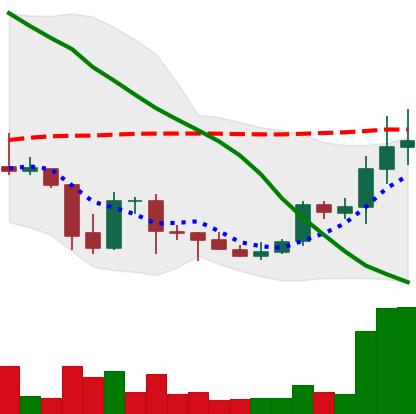
Ticker: DOGE-USD
Chart end date: 2021-10-06
Forward return: -9.262%
Label: down_7plus